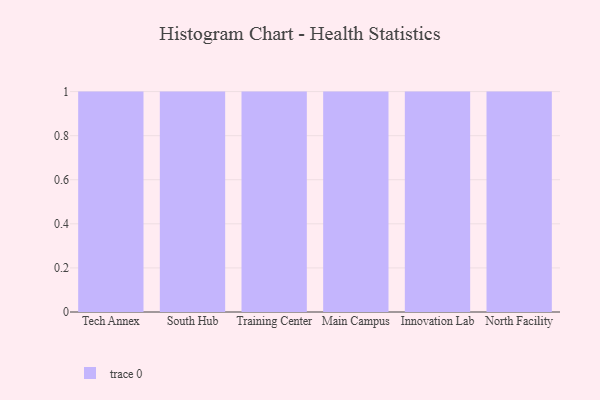
{"axis": {"x": "Campus", "y": "Backlog"}, "legend": [""], "data": [{"x": "Tech Annex", "y": 73, "type": ""}, {"x": "South Hub", "y": 68, "type": ""}, {"x": "Training Center", "y": 6, "type": ""}, {"x": "Main Campus", "y": 19, "type": ""}, {"x": "Innovation Lab", "y": 26, "type": ""}, {"x": "North Facility", "y": 96, "type": ""}]}